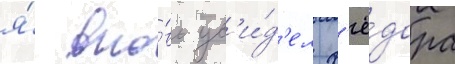
я́ вно́вь ув'и́д'ел ф'ё́дора